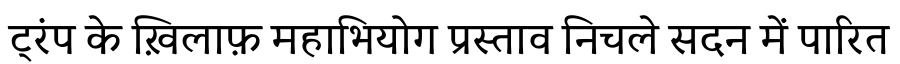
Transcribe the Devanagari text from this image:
ट्रंप के ख़िलाफ़ महाभियोग प्रस्ताव निचले सदन में पारित